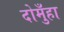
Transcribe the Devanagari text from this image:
दोमुँहा